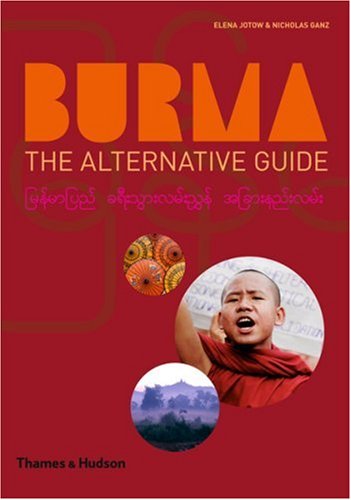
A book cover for Burma; Nicholas Ganz; Travel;